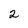
Character: 2